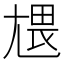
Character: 㞇